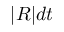
| R | d t